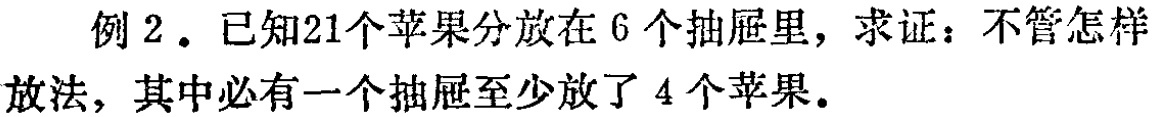
例2. 已知21个苹果分放在6个抽屉里，求证：不管怎样放法，其中必有一个抽屉至少放了4个苹果。